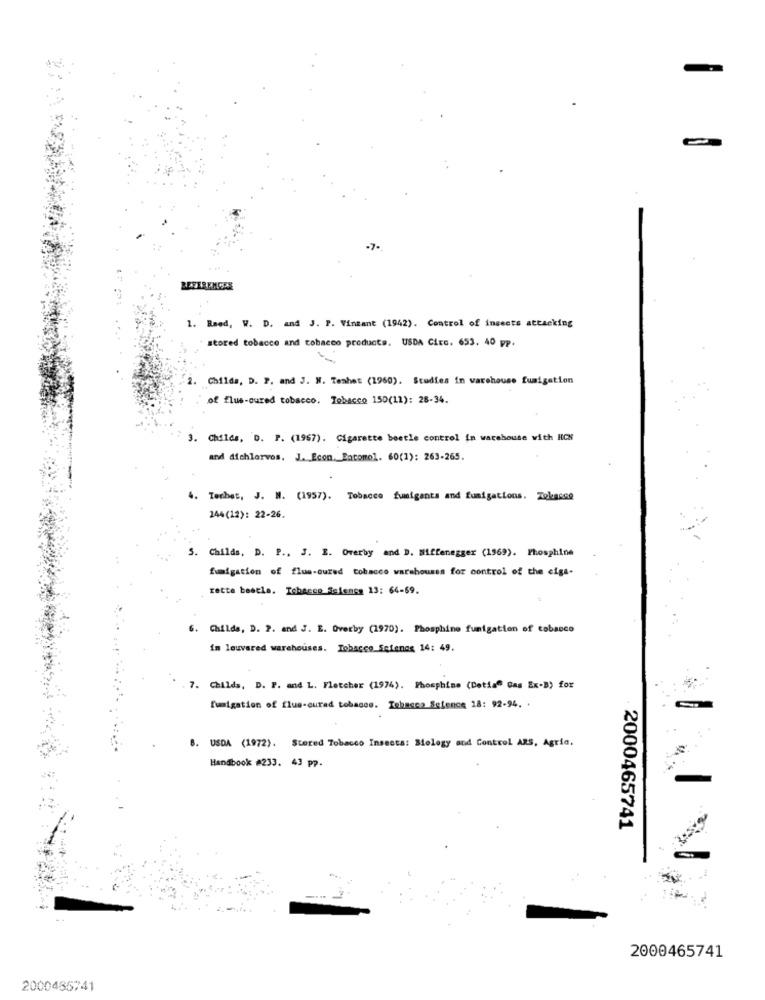
-
-7-
1. Raed, W. D. and J. P. Vinzant (1942). Control of insects attacking
stored tobacco and tobacco products. USDA Circ. 653. 40 pp.
2. Childs, D. P. and J. W. Temhet (1960). Studies in warehouse fumigation
of flue-oured tobacco. Tobacco 150(11): 28-34.
3. Childs, D. P. (1967). Cigarette beetle control in warehouse with HCN
and dichlorvos. J. Econ. Entomol. 60(1): 263-265.
6. Techat, J. M. (1957). Tobacco fuelgants and fumigations. Tokasse
244(12): 22-26.
5. Childs, D. P ., J. E. Overby and D. Miffenegger (1969). Phosphine
fumigation of flun-oured tobacco warehouses for control of the cigs-
rette boscle, Tobacco Science 13: 64-69.
6. Childs, D. P. and J. E. Overby (1970). Phosphine fumigation of tobacco
in louvered warehouses. Tobacco Science 14: 49.
7. Childs, D. P. and L. Fletcher (1974). Phosphine (Detia" Gas Ex-B) for
fumigation of flue-cured tobacco. Tobasca Science 18: 92-94. .
8. USDA (1972). Stored Tobacco Insacca: Miology and Control ARS, Agric.
Handbook #233. 43 pp.
2000465741
2000465741
2000485741